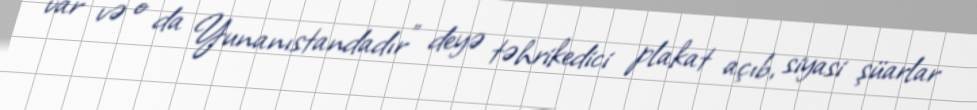
var və o da Yunanıstandadır” deyə təhrikedici plakat açıb, siyasi şüarlar